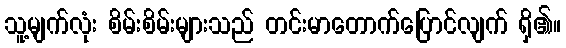
သူ့မျက်လုံး စိမ်းစိမ်းများသည် တင်းမာတောက်ပြောင်လျက် ရှိ၏။